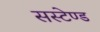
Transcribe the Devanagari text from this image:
सस्टेण्ड